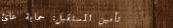
تأمين المستقبل: حماية عائ